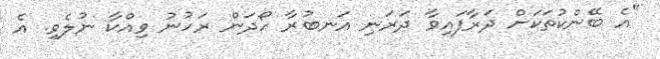
"އެ ބޭންކުތަކަށް ދަރާފައިވާ ދަރަނި އަނބުރާ ހޯދަން ރަހުނު ވިއްކާ ނުލެވި. އެ